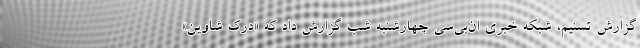
گزارش تسنیم، شبکه خبری ان‌بی‌سی چهارشنبه شب گزارش داد که «دِرِک شاوین»